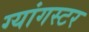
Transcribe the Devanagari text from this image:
ग्यांगस्टर